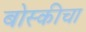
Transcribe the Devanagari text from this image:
बोस्कीचा